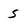
Character: 5